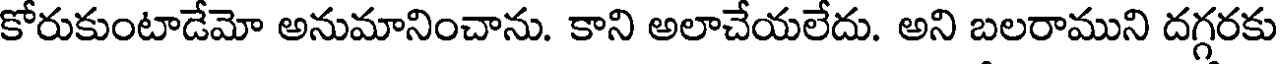
కోరుకుంటాడేమో అనుమానించాను. కాని అలాచేయలేదు. అని బలరాముని దగ్గరకు